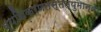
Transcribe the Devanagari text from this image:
व्यधिकरणतस्तत्पुमान्वा